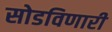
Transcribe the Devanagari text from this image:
सोडविणारी